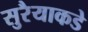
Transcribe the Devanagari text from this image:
सुरैयाकडे